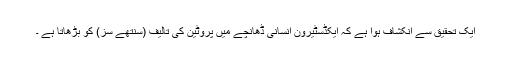
ایک تحقیق سے انکشاف ہوا ہے کہ ایکڈسٹیرون انسانی ڈھانچے میں پروٹین کی تالیف (سنتھے سز) کو بڑھاتا ہے ۔